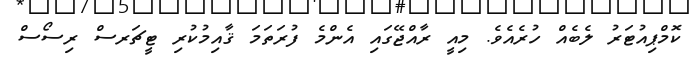
ކޮމްޕިއުޓަރު ލެބެއް ހުރެއެވެ. މިއީ ރާއްޖޭގައި އެންމެ ފުރަތަމަ ޤާއިމުކުރި ޓީޗަރސް ރިސޯސް